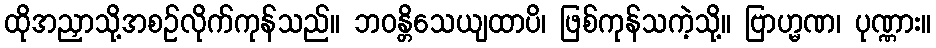
ထိုအညှာသို့အစဉ်လိုက်ကုန်သည်။ ဘဝန္တိသေယျထာပိ၊ ဖြစ်ကုန်သကဲ့သို့။ ဗြာဟ္မဏ၊ ပုဏ္ဏား။